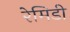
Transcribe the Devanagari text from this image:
रेमिडी